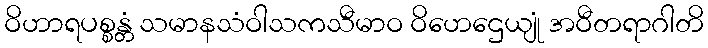
ဝိဟာရပစ္စန္တံ သမာနသံဝါသကသီမာဝ ဝိဟေဌေယျုံ အဝီတရာဂါတိ